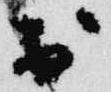
於